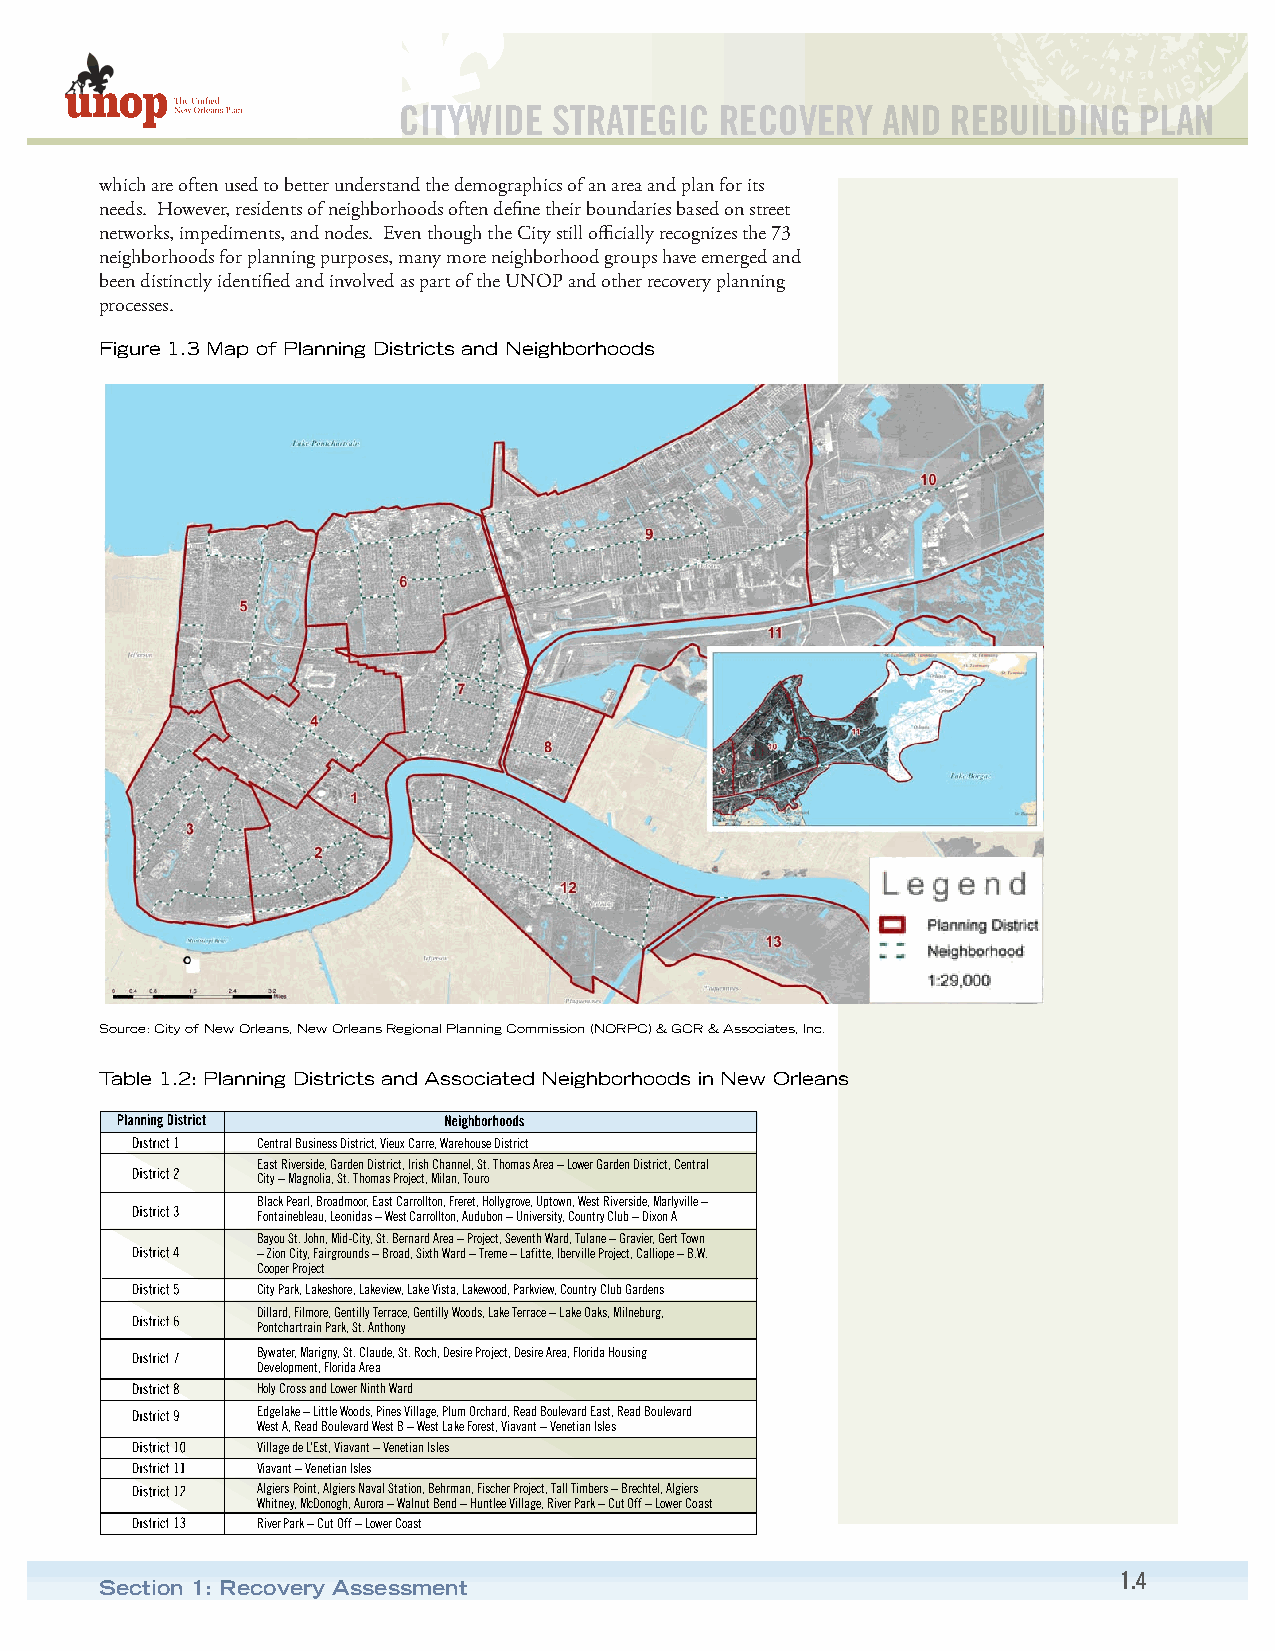
CITYWIDE   STRATEGIC  RECOVERY  AND  REBUILDING  PLAN
 which are often used to better understand the demographics of an area and plan for its
 needs. However, residents of neighborhoods often define their boundaries based on street
 networks, impediments, and nodes. Even though the City still officially recognizes the 73
 neighborhoods for planning purposes, many more neighborhood groups have emerged and
 been distinctly identified and involved as part of the UNOP and other recovery planning
 processes.
 Figure 1.3 Map of Planning Districts and Neighborhoods
 Source: City of New Orleans, New Orleans Regional Planning Commission (NORPC) & GCR & Associates, Inc.
 Table 1.2: Planning Districts and Associated Neighborhoods in New Orleans
 Central Business District, Vieux Carre, Warehouse District
 East Riverside, Garden District, Irish Channel, St. Thomas Area – Lower Garden District, Central
 City – Magnolia, St. Thomas Project, Milan, Touro
 Black Pearl, Broadmoor, East Carrollton, Freret, Hollygrove, Uptown, West Riverside, Marlyville –
 Fontainebleau, Leonidas – West Carrollton, Audubon – University, Country Club – Dixon A
 Bayou St. John, Mid-City, St. Bernard Area – Project, Seventh Ward, Tulane – Gravier, Gert Town
 – Zion City, Fairgrounds – Broad, Sixth Ward – Treme – Lafitte, Iberville Project, Calliope – B.W.
 Cooper Project
 City Park, Lakeshore, Lakeview, Lake Vista, Lakewood, Parkview, Country Club Gardens
 Dillard, Filmore, Gentilly Terrace, Gentilly Woods, Lake Terrace – Lake Oaks, Milneburg,
 Pontchartrain Park, St. Anthony
 Bywater, Marigny, St. Claude, St. Roch, Desire Project, Desire Area, Florida Housing
 Development, Florida Area
 Holy Cross and Lower Ninth Ward
 Edgelake – Little Woods, Pines Village, Plum Orchard, Read Boulevard East, Read Boulevard
 West A, Read Boulevard West B – West Lake Forest, Viavant – Venetian Isles
 Village de L’Est, Viavant – Venetian Isles
 Viavant – Venetian Isles
 Algiers Point, Algiers Naval Station, Behrman, Fischer Project, Tall Timbers – Brechtel, Algiers
 Whitney, McDonogh, Aurora – Walnut Bend – Huntlee Village, River Park – Cut Off – Lower Coast
 River Park – Cut Off – Lower Coast
 1.4
 Section 1: Recovery Assessment